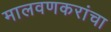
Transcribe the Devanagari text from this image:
मालवणकरांचा